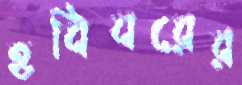
হবিবরের